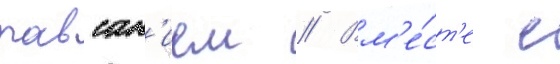
павсан'ием // Вм'е́ст'е с